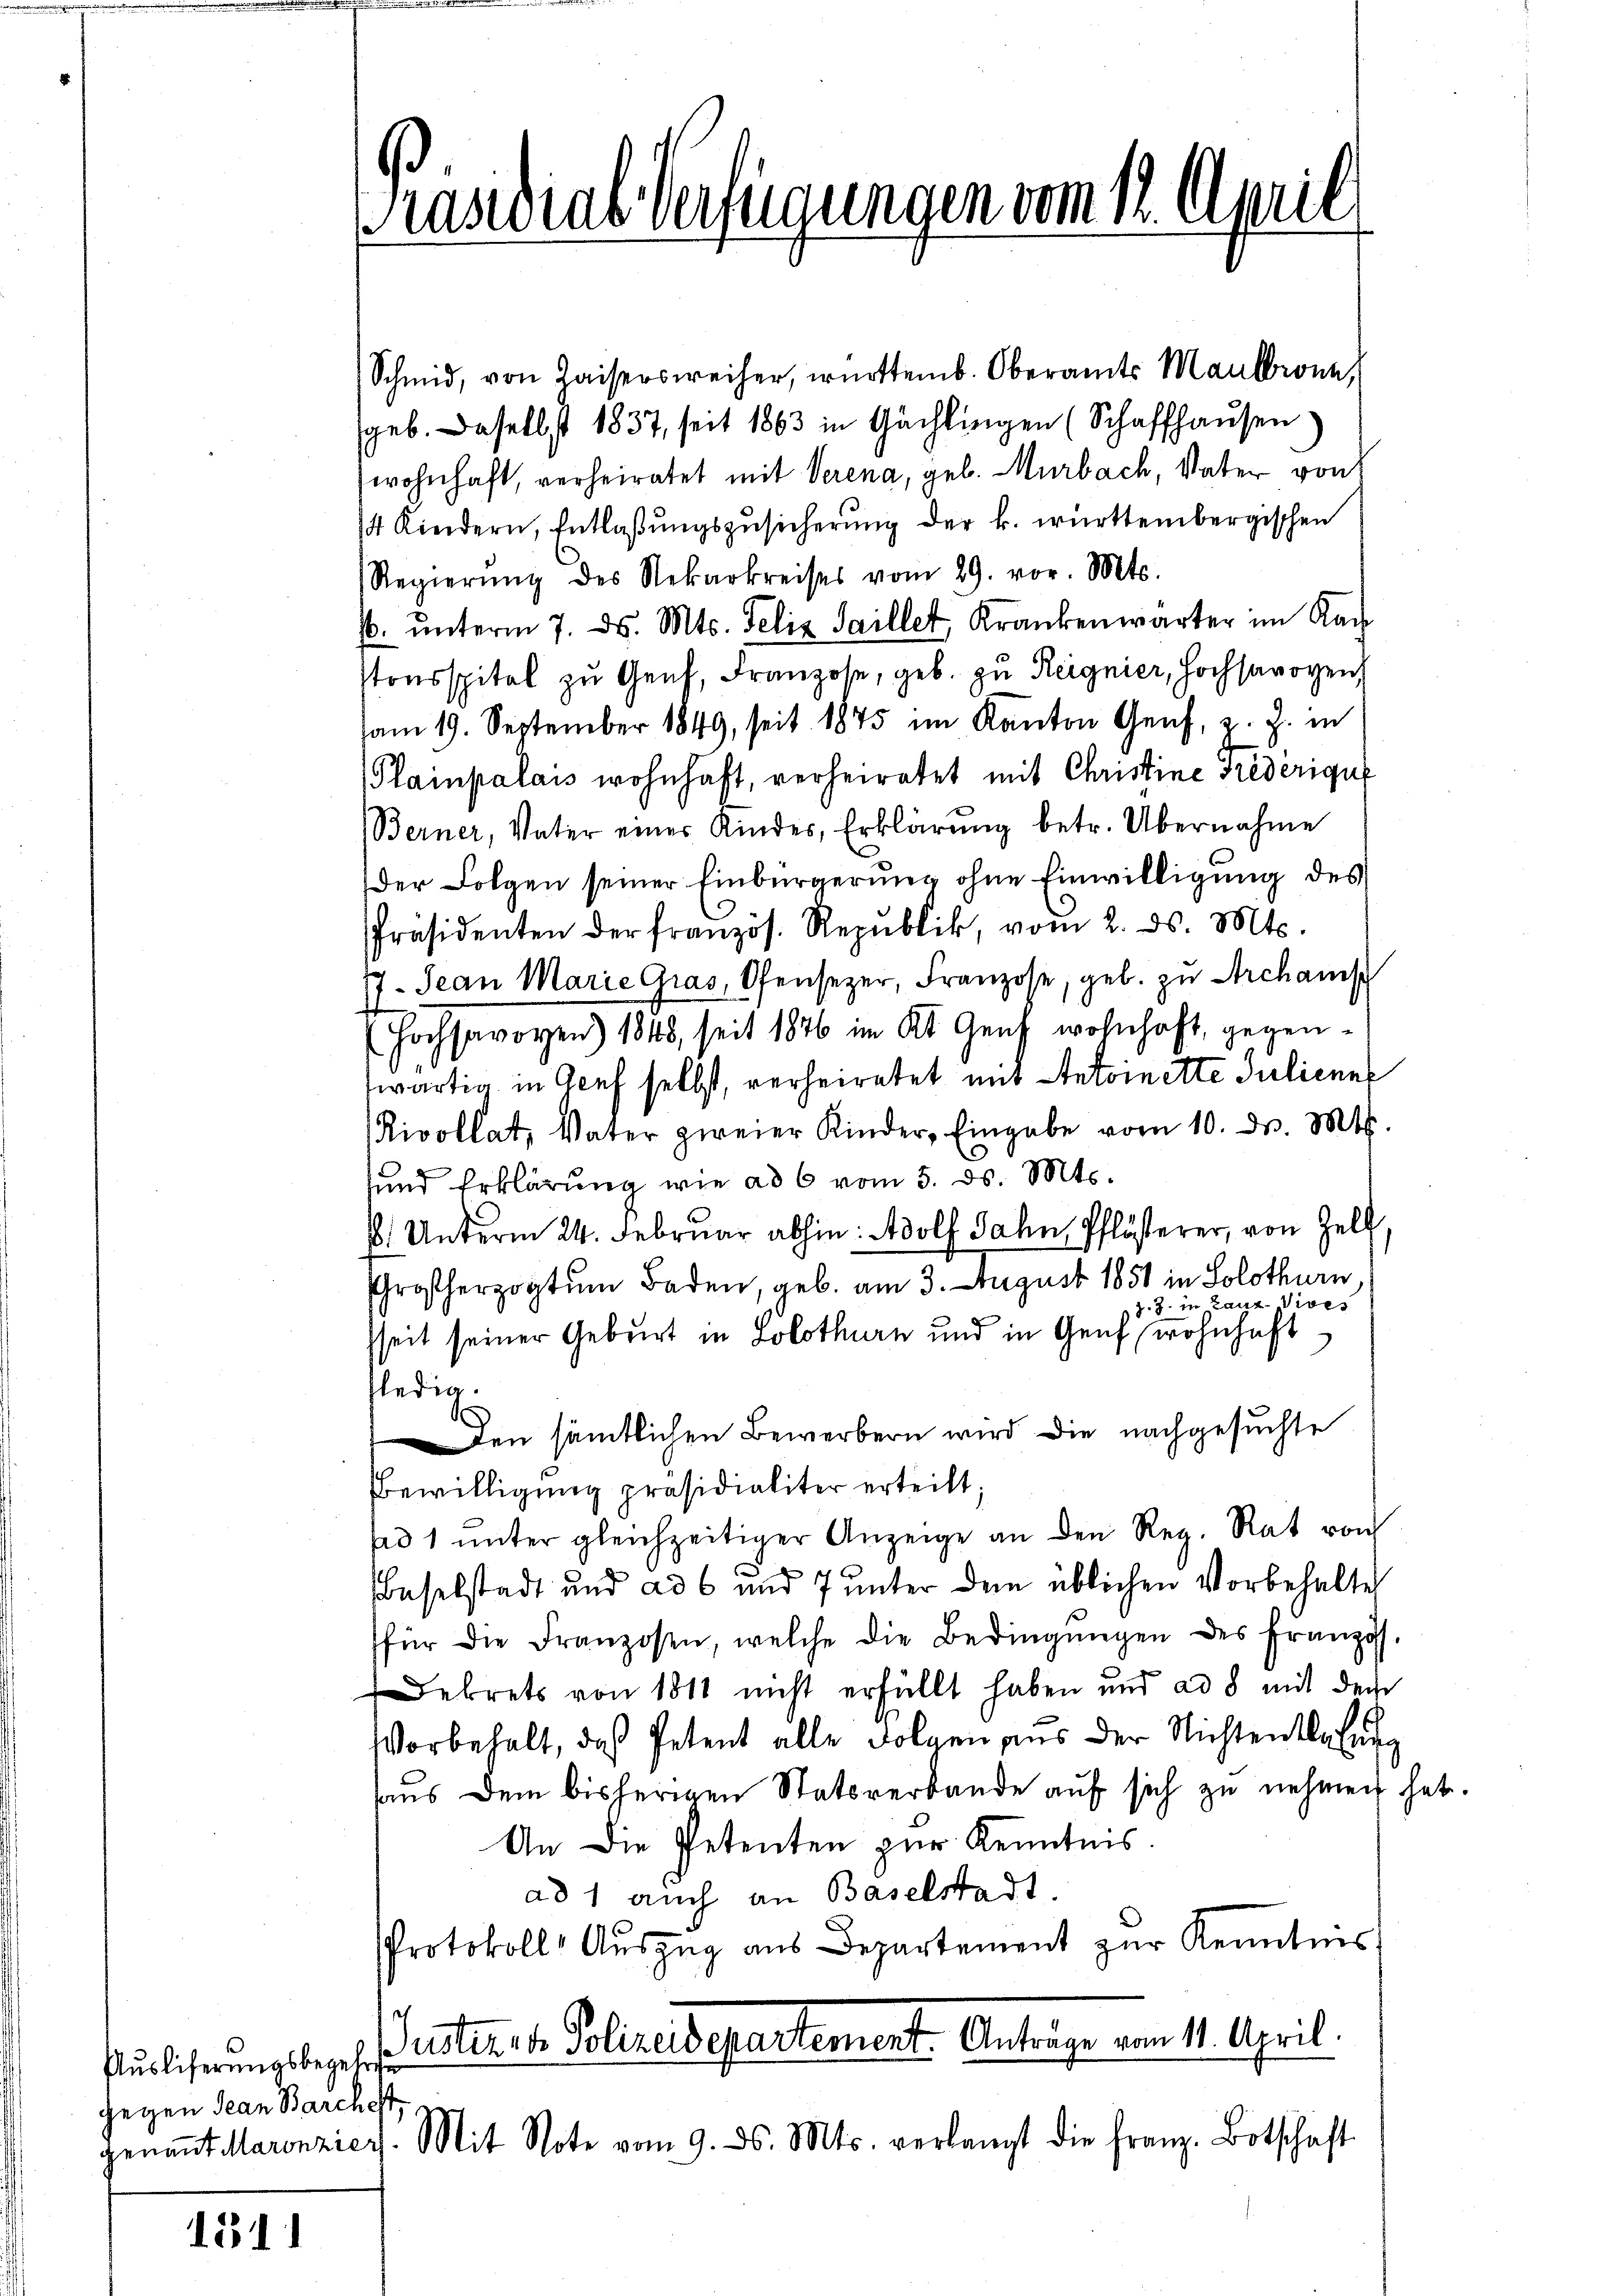
gegen Jean Barchest,

1511

Prandial-Verfügungen vom 12. April

Schmid, von Haisersweiser, württemb. Oberamts Maulbronn,
geb. Daselbst 1837, seit 1863 in Gächlingen (Schaffhausen.
wohnhaft, verheiratet mit Verena, geb. Murbach, Vater von
4 Kindern, Entlaβŭngszusicherŭng der k. württembergischen
Regierŭng des Nekarkreises vom 29. vor. Mts.
. ŭnterm 7. ds. Mts. Felix Saillet, Krankenwärter im Rach
tonsspital zu Genf, Franzose, geb. zu Reignier, Hochsavoyen
am 19. September 1849, seit 1875 im Kanton Genf, z. Z. in
(Plainpalais wohnhaft, verheiratet mit Christine Frederigue
Berner, Vater einer Kindes, Erklärŭng betr. Übernahme
Der Folgen seiner Einbürgerung ohne Einwilligung des
Präsidenten der französ. Republik, vom 2. ds. Mts.
17. Jean Marie Gras, Ofensezer, Franzose, geb. zu Archanis
(Hochsavoren) 1848, seit 1876 im Kt. Genf wohnhaft, gegenwärtig in Genf selbst, verheiratet mit Antoinette Juliene
Rivollat, Vater zweier Kinder, Eingabe vom 10. d. Mts.
sund Erklärung wie ad 6 vom 5. ds. Mts.
1 Unterm 24. Februar abhin: Adolf Jahn, Pflösterer, von Zell
roßherzogtum Baden, geb. am 3. August 1851 in Solothurn
z. Z. in Lanz. Vices
sseit seiner Geburt in Solothurn und in Genf wohnhaft
fledig
den sämtlichen Bewerbern wird die nachgesuchte
BBewilligung präsidialiter erteilt;
sad 1 ŭnter gleichzeitiger Anzeige an den Reg. Rat von
Baselstadt und ad 6 und 7 unter dem üblichen Vorbehalte
für die Franzosen, welche die Bedingŭngen des Französ.
Dekrets von 1811 nicht erfüllt haben und ad 8 mit dem
Vorbehalt, daß Petent alle Folgen aus der Nichtentehung
aus dem bisherigen Statsverbande auf sich zu nehmen hat.
An die Petenten zur Kenntnis.
ad 1 auch an Baselstadt.
Protokoll Aŭszŭg ans Departement zŭr Kenntnis
Auslieferungsbegeh. rester u. Polizeidepartement. Anträge vom 11. April.
genannt Maronzicy. Mit Note vom 9. ds. Mts. verlangt die franz. Botschaft